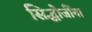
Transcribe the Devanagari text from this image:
सिद्धोजींना